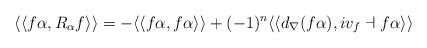
\begin{align*}\langle\langle f\alpha, R_{\alpha} f\rangle\rangle= -\langle \langle f \alpha, f \alpha\rangle\rangle+ (-1)^{n} \langle\langle d_{\nabla} (f \alpha), i v_{f} \dashv f \alpha \rangle \rangle \end{align*}